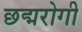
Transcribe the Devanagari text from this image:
छद्मरोगी